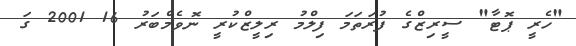
"ހެރީ ޕޮޓާ" ސީރިޒްގެ ފުރަތަމަ ފިލްމު ރިލީޒްކުރީ ނޮވެމްބަރު 16 2001 ގަ